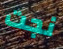
نجت